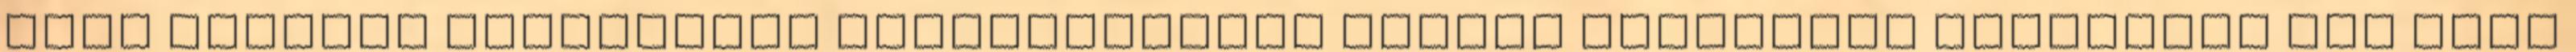
hiba átjelzõ berendezés meghibásodása esetén szükséges teendõket meg kell